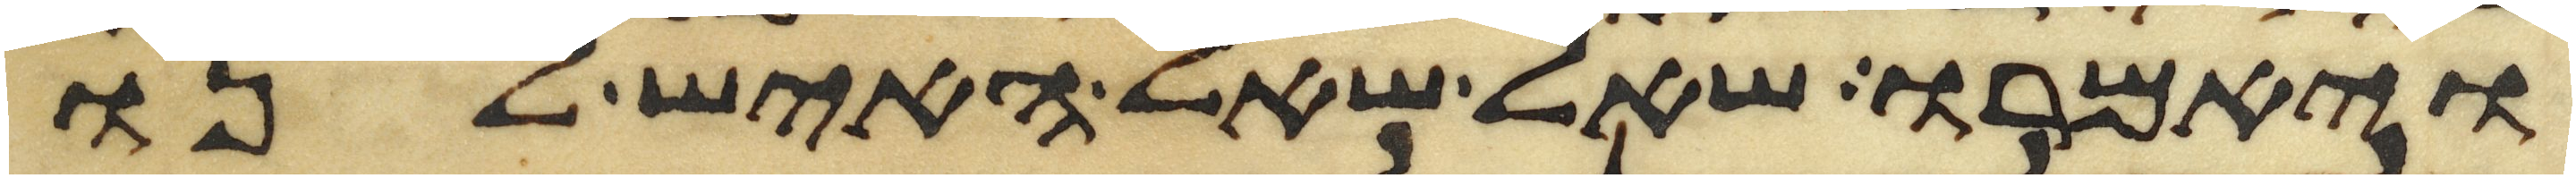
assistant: ויאמרו שאל שאל האיש לנו